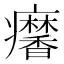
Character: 𤼍